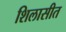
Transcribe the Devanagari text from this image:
शिलासीत